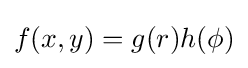
f(x,y)=g(r)h(\phi )